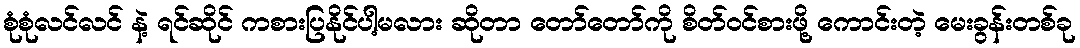
စုံစုံလင်လင် နဲ့ ရင်ဆိုင် ကစားပြနိုင်ပါ့မလား ဆိုတာ တော်တော်ကို စိတ်ဝင်စားဖို့ ကောင်းတဲ့ မေးခွန်းတစ်ခု